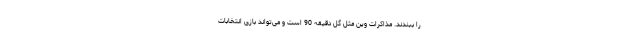
را ببندند. مذاکرات وین مثل گُل دقیقه 90 است و می‌تواند بازی انتخابات